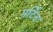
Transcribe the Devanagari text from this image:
मर्टिन